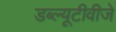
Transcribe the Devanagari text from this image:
डब्ल्यूटीवीजे